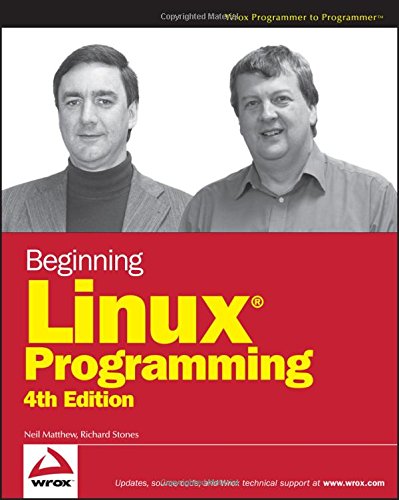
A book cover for Beginning Linux Programming; Neil Matthew; Computers & Technology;